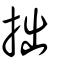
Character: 拙